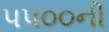
૫૫૦૦ની